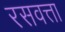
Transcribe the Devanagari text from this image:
रसवत्ता